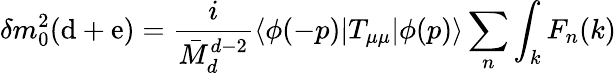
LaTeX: \delta m_{0}^{2}(\mathrm{d}+\mathrm{e})=\frac{i}{\bar{M}_{d}^{d-2}}\langle{\phi(-p)}|T_{\mu\mu}|\phi(p)\rangle\sum_{n}\int_{k}F_{n}(k)